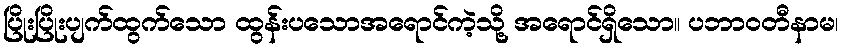
ပြိုးပြိုးပျက်ထွက်သော ထွန်းပသောအရောင်ကဲ့သို့ အရောင်ရှိသော။ ပဘာဝတီနာမ၊